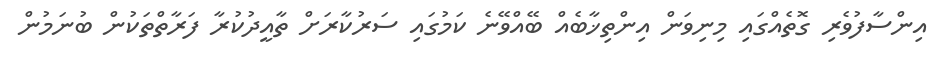
އިންސާފުވެރި ގޮތެއްގައި މިނިވަން އިންތިޚާބެއް ބޭއްވޭނެ ކަމުގައި ސަރުކާރަށް ތާއީދުކުރާ ފަރާތްތަކުން ބުނަމުން